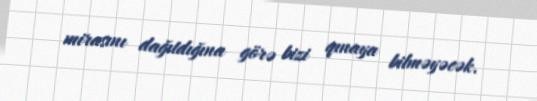
mirasını dağıtdığına görə bizi qınaya bilməyəcək.